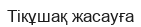
Тікұшақ жасауға